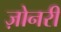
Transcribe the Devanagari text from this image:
ज़ोनरी